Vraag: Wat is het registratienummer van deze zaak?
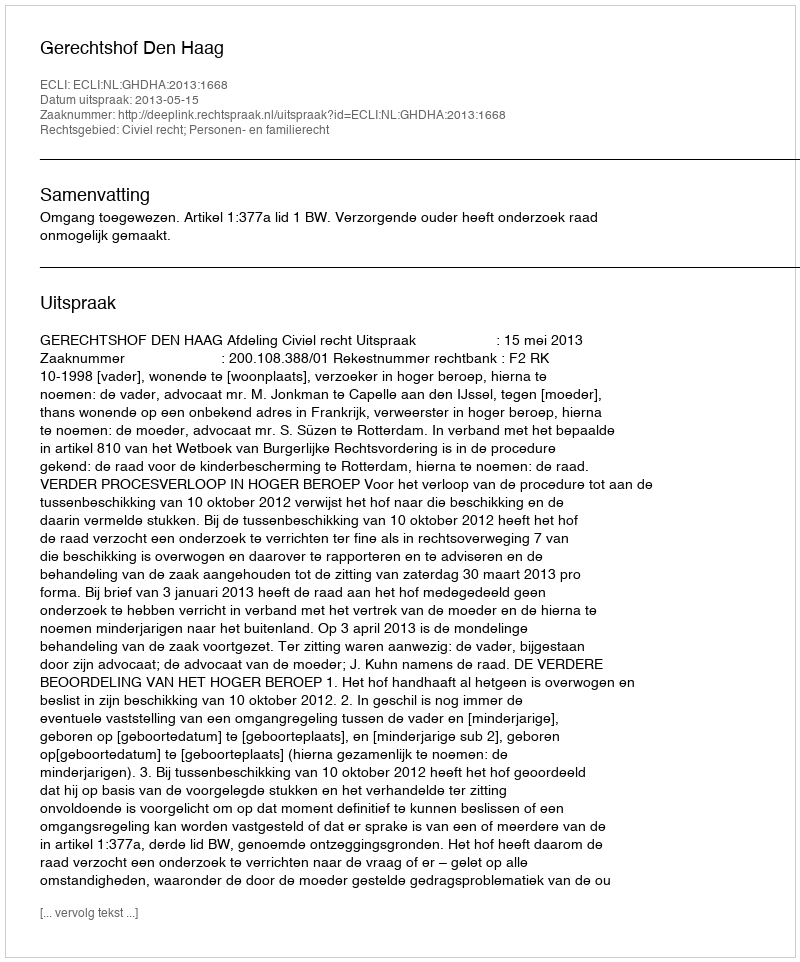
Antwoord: http://deeplink.rechtspraak.nl/uitspraak?id=ECLI:NL:GHDHA:2013:1668